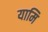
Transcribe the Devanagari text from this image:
यामि